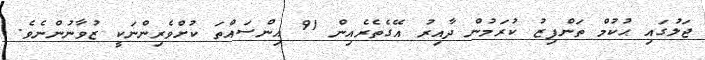
ޖަލުގައި ޙުކުމް ތަންފިޒު ކުރަމުން ދާއިރު އޭގެތެރެއިން 91 އިންސައްތަ ކުށްވެރިންނަކީ ޒުވާނުންނެވެ.